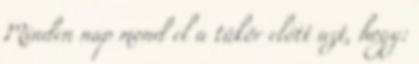
Minden nap mond el a tükör előtt azt, hogy: